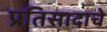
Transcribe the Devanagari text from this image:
प्रतिसादाचे